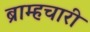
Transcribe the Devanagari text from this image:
ब्राम्हचारी